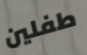
طفلين